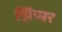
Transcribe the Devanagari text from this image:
झिप्पर